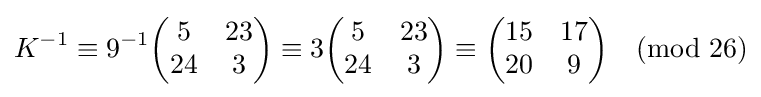
K^{-1}\equiv 9^{-1}{\begin{pmatrix}5&23\\24&3\end{pmatrix}}\equiv 3{\begin{pmatrix}5&23\\24&3\end{pmatrix}}\equiv {\begin{pmatrix}15&17\\20&9\end{pmatrix}}{\pmod {26}}